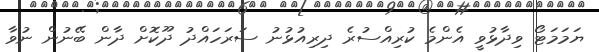
ޔަމަމަޓޯ ވިދާޅުވީ އެންމެ ކުރިއްސުރެ ދިރިއުޅުނު ސަރަހައްދު ދޫކޮށް ދާން ބޭނުން ނުވާ